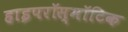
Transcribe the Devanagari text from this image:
हाइपरॉस्मॉटिक